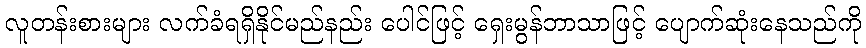
လူတန်းစားများ လက်ခံရရှိနိုင်မည်နည်း ပေါင်ဖြင့် ရှေးမွန်ဘာသာဖြင့် ပျောက်ဆုံးနေသည်ကို